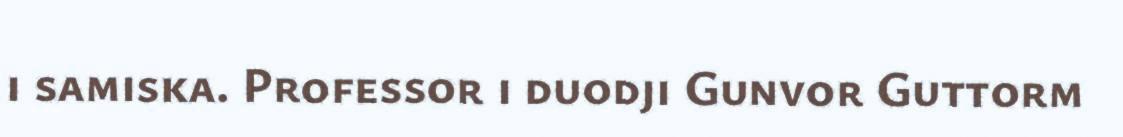
i samiska. Professor i duodji Gunvor Guttorm